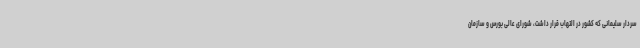
سردار سلیمانی که کشور در التهاب قرار داشت، شورای عالی بورس و سازمان